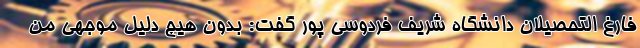
فارغ التحصیلان دانشگاه شریف فردوسی پور گفت: بدون هیچ دلیل موجهی من